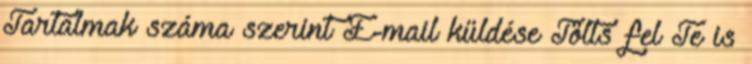
Tartalmak száma szerint E-mail küldése Tölts fel Te is